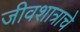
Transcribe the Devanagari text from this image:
जीवशात्राचे